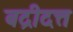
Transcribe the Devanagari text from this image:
बद्रीदत्त